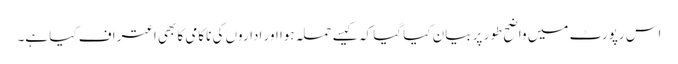
اس رپورٹ میں واضح طور پر بیان کیا گیا کہ کیسے حملہ ہوا اور اداروں کی ناکامی کا بھی اعتراف کیا ہے۔